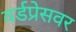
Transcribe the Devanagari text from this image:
वर्डप्रेसवर